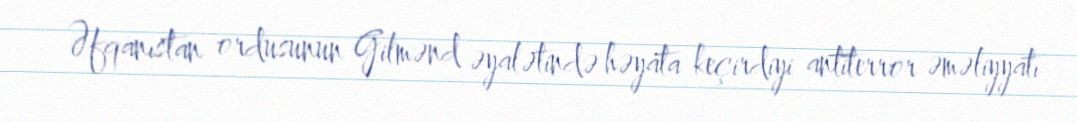
Əfqanıstan ordusunun Gilmənd əyalətində həyata keçirdiyi antiterror əməliyyatı